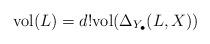
LaTeX: \begin{align*} {\rm vol}(L)= d! {\rm vol}(\Delta_{Y_\bullet}(L,X))\end{align*}